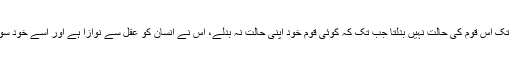
مولانا سید ذاکر نے کہا کہ قرآن کا فرمان ہے کہ خدا اس وقت تک اس قوم کی حالت نہیں بدلتا جب تک کہ کوئی قوم خود اپنی حالت نہ بدلے، اس نے انسان کو عقل سے نوازا ہے اور اسے خود سوچنا ہے کہ اس کیلئے کون سا دین اور کون سا راستہ بہتر ہے۔